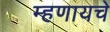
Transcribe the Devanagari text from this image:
म्‍हणायचे